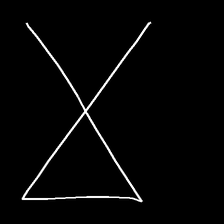
Glyph: collection